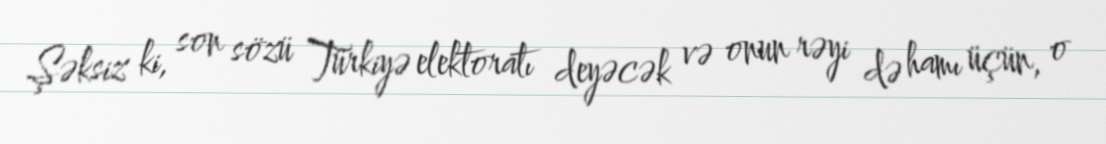
Şəksiz ki, son sözü Türkiyə elektoratı deyəcək və onun rəyi də hamı üçün, o